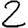
Digit: 2